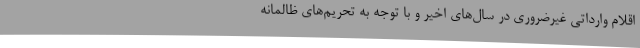
اقلام وارداتی غیرضروری در سال‌های اخیر و با توجه به تحریم‌های ظالمانه